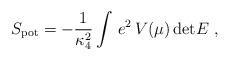
LaTeX: \begin{align*}S_{\rm pot} = -{1\over \kappa_4^2}\int\, e^2\, V(\mu)\, \mathrm{det}E~,\end{align*}